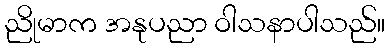
ညိုမာက အနုပညာ ဝါသနာပါသည်။